Report of the Indian Hemp Drugs Commission, 1894-1895 - Volume IV
Year: 1894
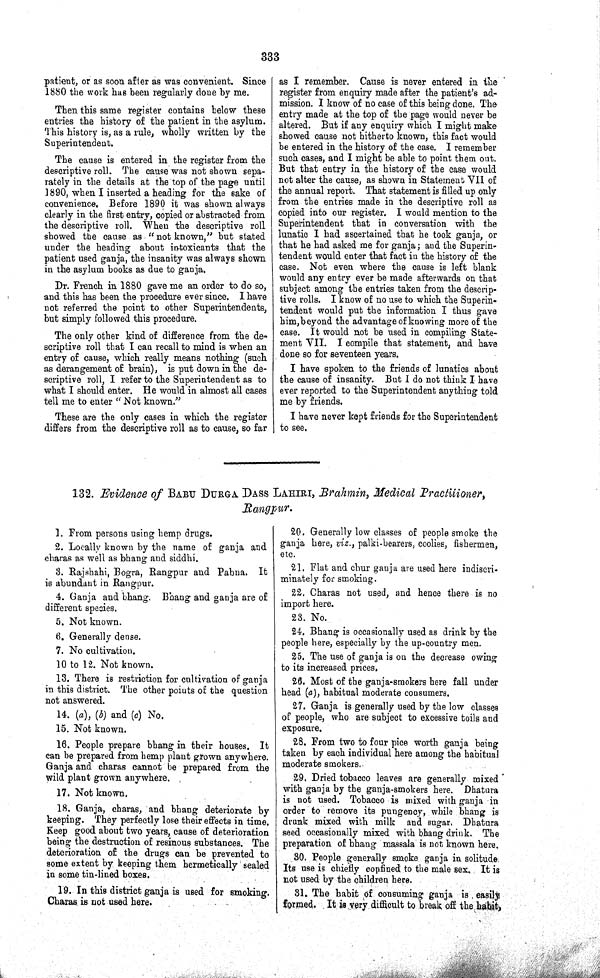
333
patient, or as soon after as was convenient. Since
1880 the work has been regularly done by me.
Then this same register contains below these
entries the history of the patient in the asylum.
This history is, as a rule, wholly written by the
Superintendent.
The cause is entered in the register from the
descriptive roll. The cause was not shown sepa-
rately in the details at the top of the page until
1890, when I inserted a heading for the sake of
convenience. Before 1890 it was shown always
clearly in the first entry, copied or abstracted from
the descriptive roll. When the descriptive roll
showed the cause as "not known," but stated
under the heading about intoxicants that the
patient used ganja, the insanity was always shown
in the asylum books as due to ganja.
Dr. French in 1880 gave me an order to do so,
and this has been the procedure ever since. I have
not referred the point to other Superintendents,
but simply followed this procedure.
The only other kind of difference from the de-
scriptive roll that I can recall to mind is when an
entry of cause, which really means nothing (such
as derangement of brain), is put down in the de-
scriptive roll, I refer to the Superintendent as to
what I should enter. He would in almost all cases
tell me to enter "Not known."
These are the only cases in which the register
differs from the descriptive roll as to cause, so far
as I remember. Cause is never entered in the
register from enquiry made after the patient's ad-
mission. I know of no case of this being done. The
entry made at the top of the page would never be
altered. But if any enquiry which I might make
showed cause not hitherto known, this fact would
be entered in the history of the case. I remember
such cases, and I might be able to point them out.
But that entry in the history of the case would
not alter the cause, as shown in Statement VII of
the annual report. That statement is filled up only
from the entries made in the descriptive roll as
copied into our register. I would mention to the
Superintendent that in conversation with the
lunatic I had ascertained that he took ganja, or
that he had asked me for ganja; and the Superin-
tendent would enter that fact in the history of the
case. Not even where the cause is left blank
would any entry ever be made afterwards on that
subject among the entries taken from the descrip-
tive rolls. I know of no use to which the Superin-
tendent would put the information I thus gave
him,beyond the advantage of knowing more of the
case. It would not be used in compiling State-
ment VII. I compile that statement, and have
done so for seventeen years.
I have spoken to the friends of lunatics about
the cause of insanity. But I do not think I have
ever reported to the Superintendent anything told
me by friends.
I have never kept friends for the Superintendent
to see.
132. Evidence of BABU DURGA DASS LAHIRI, Brahmin, Medical Practitioner,
Rangpur.
1. From persons using hemp drugs.
2. Locally known by the name of ganja and
charas as well as bhang and siddhi.
3. Rajshahi, Bogra, Rangpur and Pabna. It
is abundant in Rangpur.
4. Ganja and bhang. Bhang and ganja are of
different species.
5. Not known.
6. Generally dense.
7. No cultivation.
10 to 12. Not known.
13. There is restriction for cultivation of ganja
in this district. The other points of the question
not answered.
14. (a), (b) and (c) No.
15. Not known.
16. People prepare bhang in their houses. It
can be prepared from hemp plant grown anywhere.
Ganja and charas cannot be prepared from the
wild plant grown anywhere.
17. Not known.
18. Ganja, charas, and bhang deteriorate by
keeping. They perfectly lose their effects in time.
Keep good about two years, cause of deterioration
being the destruction of resinous substances. The
deterioration of the drugs can be prevented to
some extent by keeping them hermetically sealed
in some tin-lined boxes.
19. In this district ganja is used for smoking.
Charas is not used here.
20. Generally low classes of people smoke the
ganja here, viz., palki-bearers, coolies, fishermen,
etc.
21. Flat and chur ganja are used here indiscri-
minately for smoking.
22. Charas not used, and hence there is no
import here.
23. No.
24. Bhang is occasionally used as drink by the
people here, especially by the up-country men.
25. The use of ganja is on the decrease owing
to its increased prices.
26. Most of the ganja-smokers here fall under
head (a), habitual moderate consumers.
27. Ganja is generally used by the low classes
of people, who are subject to excessive toils and
exposure.
28. From two to four pice worth ganja being
taken by each individual here among the habitual
moderate smokers.
29. Dried tobacco leaves are generally mixed
with ganja by the ganja-smokers here. Dhatura
is not used. Tobacco is mixed with ganja in
order to remove its pungency, while bhang is
drunk mixed with milk and sugar. Dhatura
seed occasionally mixed with bhang drink. The
preparation of bhang massala is not known here.
30. People generally smoke ganja in solitude.
Its use is chiefly confined to the male sex. It is
not used by the children here.
31. The habit of consuming ganja is easily
formed. It is very difficult to break off the habit,